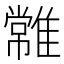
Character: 𩀯